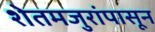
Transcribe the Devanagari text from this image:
शेतमजुरांपासून